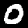
Digit: 0